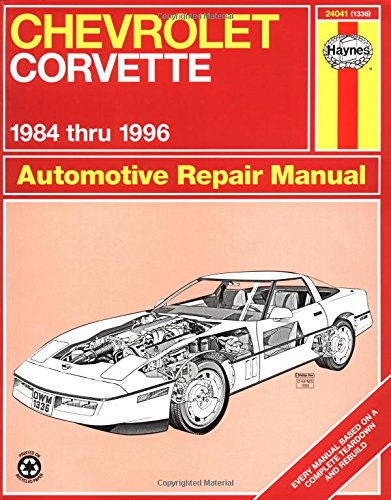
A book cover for Chevrolet Corvette 1984 thru 1996 Automotive Repair Manual; Mike Stubblefield; Engineering & Transportation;